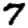
Digit: 7